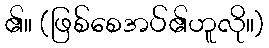
၏။ (ဖြစ်စေအပ်၏ဟူလို။)